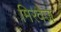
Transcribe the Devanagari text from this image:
मिरवैज